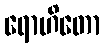
ရောဟိတော